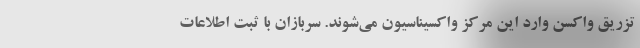
تزریق واکسن وارد این مرکز واکسیناسیون می‌شوند. سربازان با ثبت اطلاعات